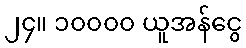
၂၄။ ၁၀၀၀၀ ယူအန်ငွေ